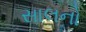
સાલનો